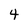
Character: 4